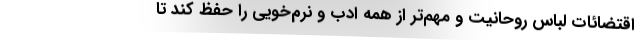
اقتضائات لباس روحانیت و مهم‌تر از همه ادب و نرم‌خویی را حفظ کند تا